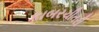
કાબરચીતરી